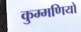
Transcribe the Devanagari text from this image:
कुम्मणियों